Indian journal of veterinary science and animal husbandry - Volume 10,
Year: 1940
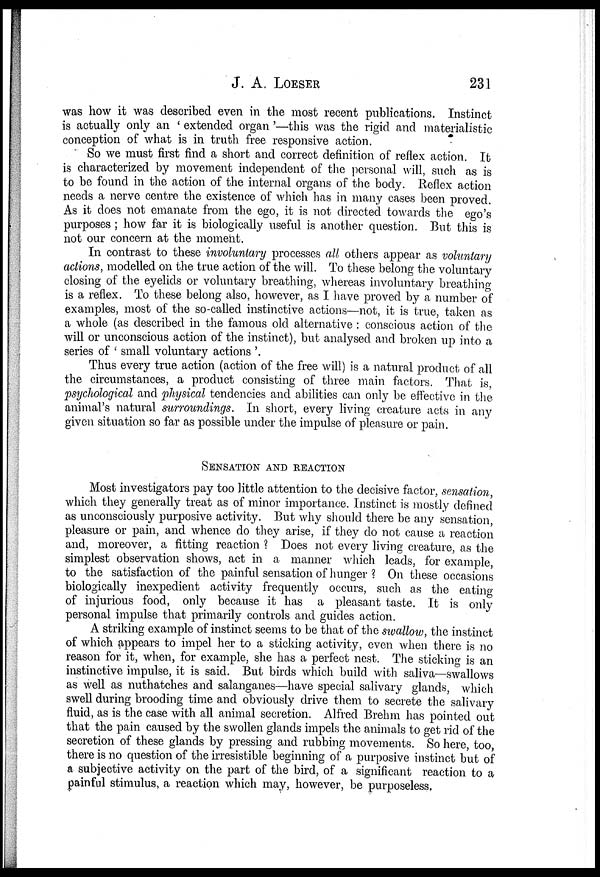
J. A. LOESER 231
was how it was described even in the most recent publications. Instinct
is actually only an ' extended organ'—this was the rigid and materialistic
conception of what is in truth free responsive action.
So we must first find a short and correct definition of reflex action. It
is characterized by movement independent of the personal will, such as is
to be found in the action of the internal organs of the body. Reflex action
needs a nerve centre the existence of which has in many cases been proved.
As it does not emanate from the ego, it is not directed towards the ego's
purposes ; how far it is biologically useful is another question. But this is
not our concern at the moment.
In contrast to these involuntary processes all others appear as voluntary
actions, modelled on the true action of the will. To these belong the voluntary
closing of the eyelids or voluntary breathing, whereas involuntary breathing-
is a reflex. To these belong also, however, as I have proved by a number of
examples, most of the so-called instinctive actions—not, it is true, taken as
a whole (as described in the famous old alternative : conscious action of the
will or unconscious action of the instinct), but analysed and broken up into a
series of ' small voluntary actions '.
Thus every true action (action of the free will) is a natural product of all
the circumstances, a product consisting of three main factors. That is,
psychological and physical tendencies and abilities can only be effective in the
animal's natural surroundings. In short, every living creature acts in any
given situation so far as possible under the impulse of pleasure or pain.
SENSATION AND REACTION
Most investigators pay too little attention to the decisive factor, sensation,
which they generally treat as of minor importance. Instinct is mostly defined
as unconsciously purposive activity. But why should there be any sensation,
pleasure or pain, and whence do they arise, if they do not cause a reaction
and, moreover, a fitting reaction ? Does not every living creature, as the
simplest observation shows, act in a manner which leads, for example,
to the satisfaction of the painful sensation of hunger ? On these occasions
biologically inexpedient activity frequently occurs, such as the eating
of injurious food, only because it has a pleasant taste. It is only
personal impulse that primarily controls and guides action.
A striking example of instinct seems to be that of the swallow, the instinct
of which appears to impel her to a sticking activity, even when there is no
reason for it, when, for example, she has a perfect nest. The sticking is an
instinctive impulse, it is said. But birds which build with saliva—swallows
as well as nuthatches and salanganes—have special salivary glands, which
swell during brooding time and obviously drive them to secrete the salivary
fluid, as is the case with all animal secretion. Alfred Brehm has pointed out
that the pain caused by the swollen glands impels the animals to get rid of the
secretion of these glands by pressing and rubbing movements. So here, too,
there is no question of the irresistible beginning of a purposive instinct but of
a subjective activity on the part of the bird, of a significant reaction to a
painful stimulus, a reaction which may, however, be purposeless.